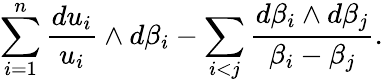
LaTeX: \sum_{i=1}^{n}\frac{du_{i}}{u_{i}}\wedge d\beta_{i}-\sum_{i<j}\frac{d\beta_{i}\wedge d\beta_{j}}{\beta_{i}-\beta_{j}}.